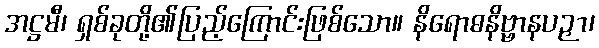
အဋ္ဌမီ၊ ရှစ်ခုတို့၏ပြည့်ကြောင်းဖြစ်သော။ နိရောဓနိဗ္ဗာနပဉှာ၊